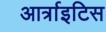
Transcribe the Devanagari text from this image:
आर्त्राइटिस